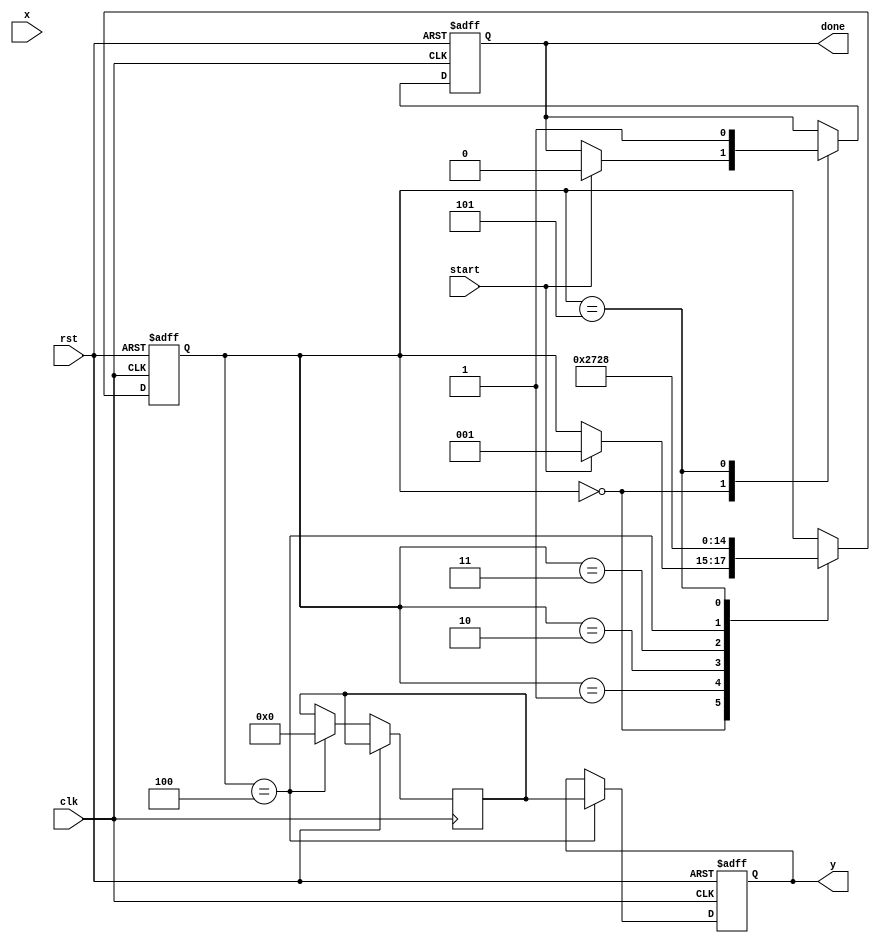
module asinh_block (
    input wire signed [31:0] x,      // Input value (32-bit signed)
    output reg signed [31:0] y,      // Output value (32-bit signed)
    input wire clk,                   // Clock signal
    input wire rst,                   // Reset signal
    input wire start,                 // Start signal for computation
    output reg done                   // Done signal for computation
);

    // Internal signals
    reg signed [31:0] x_squared;
    reg signed [31:0] sqrt_term;
    reg signed [31:0] add_term;
    reg signed [31:0] ln_term;
    reg [2:0] state;                  // State machine for control logic

    // State encoding
    localparam IDLE = 3'b000,
               SQUARE = 3'b001,
               SQRT = 3'b010,
               ADD = 3'b011,
               LOG = 3'b100,
               DONE = 3'b101;

    // Square calculation
    always @(posedge clk or posedge rst) begin
        if (rst) begin
            state <= IDLE;
            y <= 32'b0;
            done <= 1'b0;
        end else begin
            case (state)
                IDLE: begin
                    if (start) begin
                        state <= SQUARE;
                        done <= 1'b0;
                    end
                end
                SQUARE: begin
                    x_squared <= x * x; // Compute x^2
                    state <= SQRT;
                end
                SQRT: begin
                    sqrt_term <= sqrt(x_squared + 32'h00000001); // Compute sqrt(x^2 + 1)
                    state <= ADD;
                end
                ADD: begin
                    add_term <= x + sqrt_term; // Compute x + sqrt(x^2 + 1)
                    state <= LOG;
                end
                LOG: begin
                    ln_term <= ln(add_term); // Compute ln(x + sqrt(x^2 + 1))
                    y <= ln_term; // Assign result to output
                    state <= DONE;
                end
                DONE: begin
                    done <= 1'b1; // Indicate computation is done
                    state <= IDLE; // Go back to idle
                end
            endcase
        end
    end

    // Placeholder for square root function
    function signed [31:0] sqrt(input signed [31:0] value);
        // Implement square root calculation here
        // This is a placeholder; actual implementation needed
        sqrt = 32'b0; // Replace with actual square root logic
    endfunction

    // Placeholder for natural logarithm function
    function signed [31:0] ln(input signed [31:0] value);
        // Implement natural logarithm calculation here
        // This is a placeholder; actual implementation needed
        ln = 32'b0; // Replace with actual logarithm logic
    endfunction

endmodule